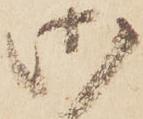
御